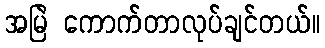
အမြဲ ကောက်တာလုပ်ချင်တယ်။